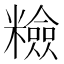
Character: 𥽋